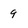
Character: 9